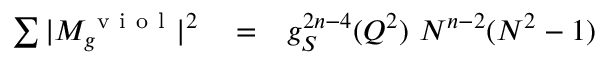
\begin{array} { r l r } { \sum \vert M _ { g } ^ { \mathrm { ~ v ~ i ~ o ~ l ~ } } \vert ^ { 2 } } & { { } = } & { g _ { S } ^ { 2 n - 4 } ( Q ^ { 2 } ) ~ N ^ { n - 2 } ( N ^ { 2 } - 1 ) } \end{array}